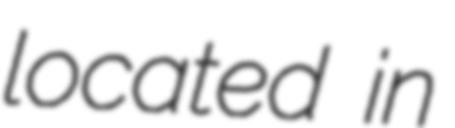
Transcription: located in